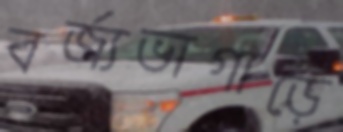
বর্জ্যভাগাড়ে